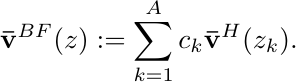
\begin{equation*}
\mathbf{\bar{v}}^{BF}(z):= \sum_{k=1}^A c_k \mathbf{\bar{v}}^H(z_k).
\end{equation*}